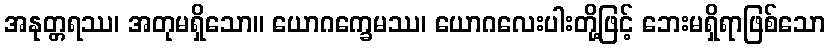
အနုတ္တရဿ၊ အတုမရှိသော။ ယောဂက္ခေမဿ၊ ယောဂလေးပါးတို့ဖြင့် ဘေးမရှိရာဖြစ်သော